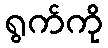
ရွက်ကို